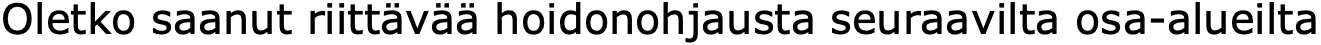
Oletko saanut riittävää hoidonohjausta seuraavilta osa-alueilta